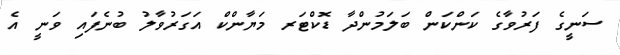
ސަނީގެ ފަރުވާގެ ކަންކަން ބަލަމުންދާ ޑޮކްޓަރ މަޔާންކް އަގަރުވާލު ބުނެފައި ވަނީ އެ